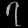
Digit: ၇